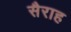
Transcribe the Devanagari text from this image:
सैराह